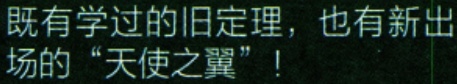
既有学过的旧定理，也有新出场的“天使之翼”！